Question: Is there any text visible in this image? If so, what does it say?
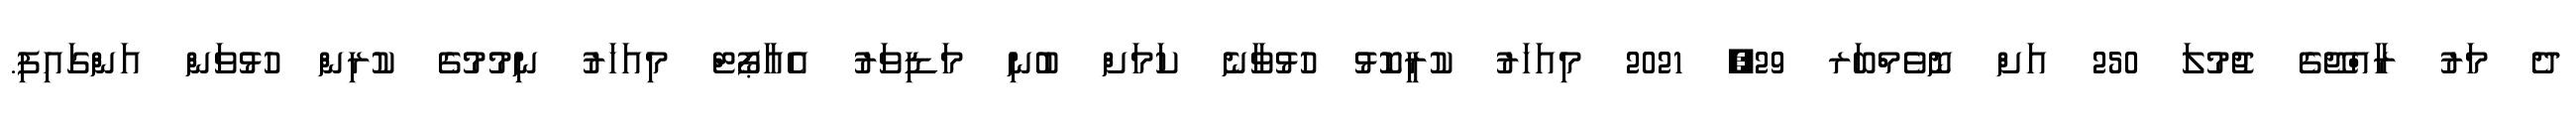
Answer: ދެ މަރު ރާއްޖޭގެ ޖުމުލަ 250 އަށް ނޮވެމްބަރ 29, 2021 މިއަހަރު ކުރީކޮޅު ހުޅުވާނެ ކަމަށް ބުނި މަޑިވަރު އެއާޕޯޓް މިއަހަރު ނިމުމުގެ ކުރިން ހުޅުވަން އަންގައިފި.